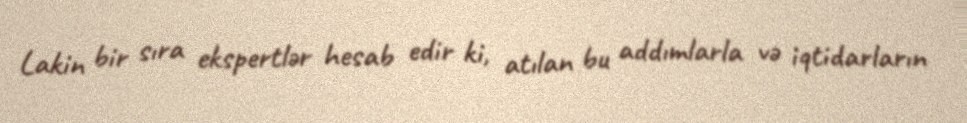
Lakin bir sıra ekspertlər hesab edir ki, atılan bu addımlarla və iqtidarların